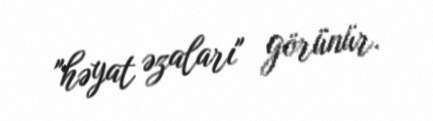
"həyat əzaları" görünür.